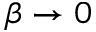
\beta \to 0